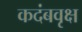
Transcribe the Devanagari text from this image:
कदंबवृक्ष